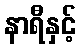
နာရီနှင့်